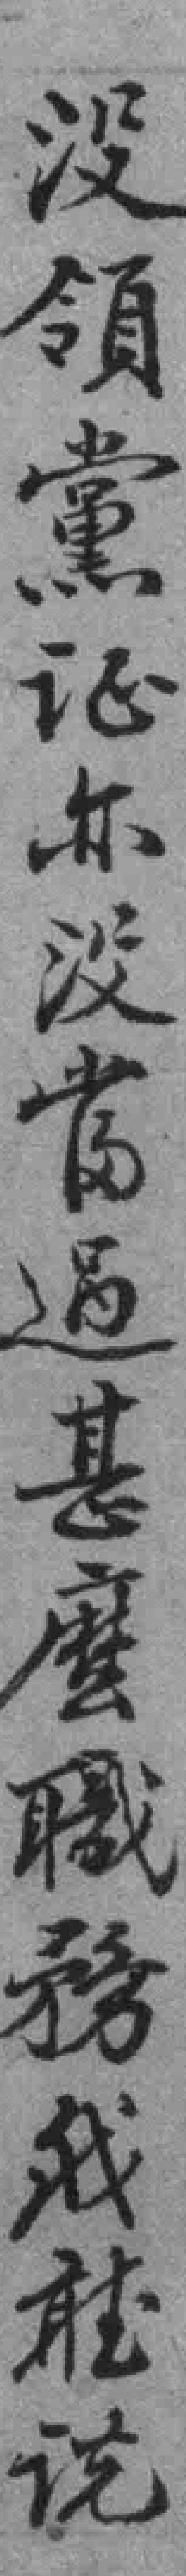
没領黨证亦没當過甚麼職務我聽说